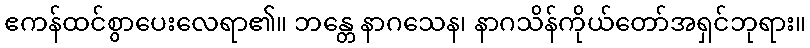
ဧကန်ထင်စွာပေးလေရာ၏။ ဘန္တေ နာဂသေန၊ နာဂသိန်ကိုယ်တော်အရှင်ဘုရား။